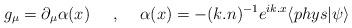
LaTeX: \begin{align*}g_{\mu}=\partial_{\mu}\alpha (x)\makebox[.5in]{,}\alpha (x)=-(k .n)^{-1}e^{ik .x} \langle phys |\psi \rangle\end{align*}